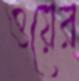
ওয়ের